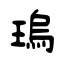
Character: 瑦